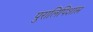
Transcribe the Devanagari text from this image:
पुरालिपिशास्त्र